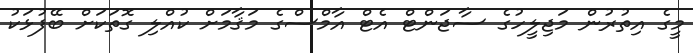
މީގެ އިތުރުން މަޖިލީހުގެ ސާޖަންޓް އެޓް އާމްސްގެ މަޤާމަށް ކުއްލި ގޮތަކަށް ބޭފުޅަކު